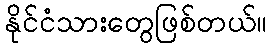
နိုင်ငံသားတွေဖြစ်တယ်။